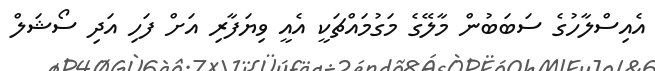
އެއިސްލާހުގެ ސަބަބުން މާލޭގެ މަގުމައްޗަކީ އެއީ ވިޔަފާރި އަށް ފަހި އަދި ސޯޝަލް